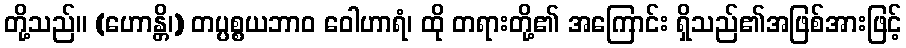
တို့သည်။ (ဟောန္တိ၊) တပ္ပစ္စယဘာဝ ဝေါဟာရံ၊ ထို တရားတို့၏ အကြောင်း ရှိသည်၏အဖြစ်အားဖြင့်